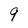
Character: 9